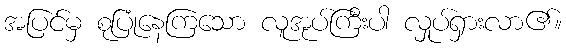
အပြင်မှ စုပြုံနေကြသော လူအုပ်ကြီးပါ လှုပ်ရှားလာ၏။